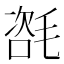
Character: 𣯃